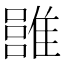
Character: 𩀏